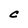
Character: C